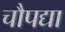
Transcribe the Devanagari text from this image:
चौपद्या